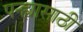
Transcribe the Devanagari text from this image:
पन्ह्यासाठी